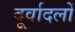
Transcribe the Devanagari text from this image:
दूर्वादलों